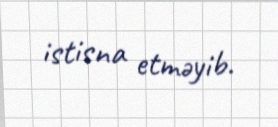
istisna etməyib.